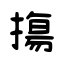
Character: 摥